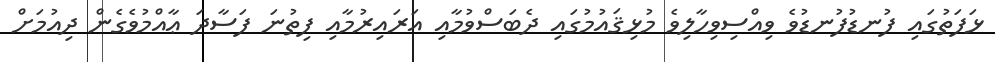
ޅަފަތުގައި ފުނޑުފުނޑުވެ ވިއްސިވިހާލިވެ މުޅިޤައުމުގައި ދެބަސްވުމާއި އަރައިރުމާއި ފިތުނަ ފަސާދަ ޢާއްމުވެގެން ދިއުމަށް